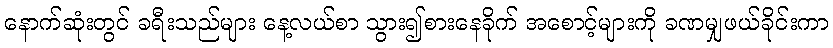
နောက်ဆုံးတွင် ခရီးသည်များ နေ့လယ်စာ သွား၍စားနေခိုက် အစောင့်များကို ခဏမျှဖယ်ခိုင်းကာ